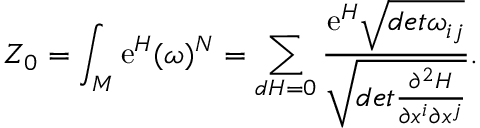
Z _ { 0 } = \int _ { M } \mathrm { e } ^ { H } ( \omega ) ^ { N } = \sum _ { d H = 0 } \frac { \mathrm { e } ^ { H } \sqrt { d e t \omega _ { i j } } } { \sqrt { d e t \frac { \partial ^ { 2 } H } { \partial x ^ { i } \partial x ^ { j } } } } .